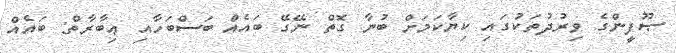
ޞޫފީންގެ ވިރުދުތަކުގައި ކިޔާކަމަށް ބުނާ ގޮތް ނޭގޭ ބައެއް ބަސްބަހާއި ޢިބާރާތް: ބައެއް